Trukikaitis_Postimees, lk 34
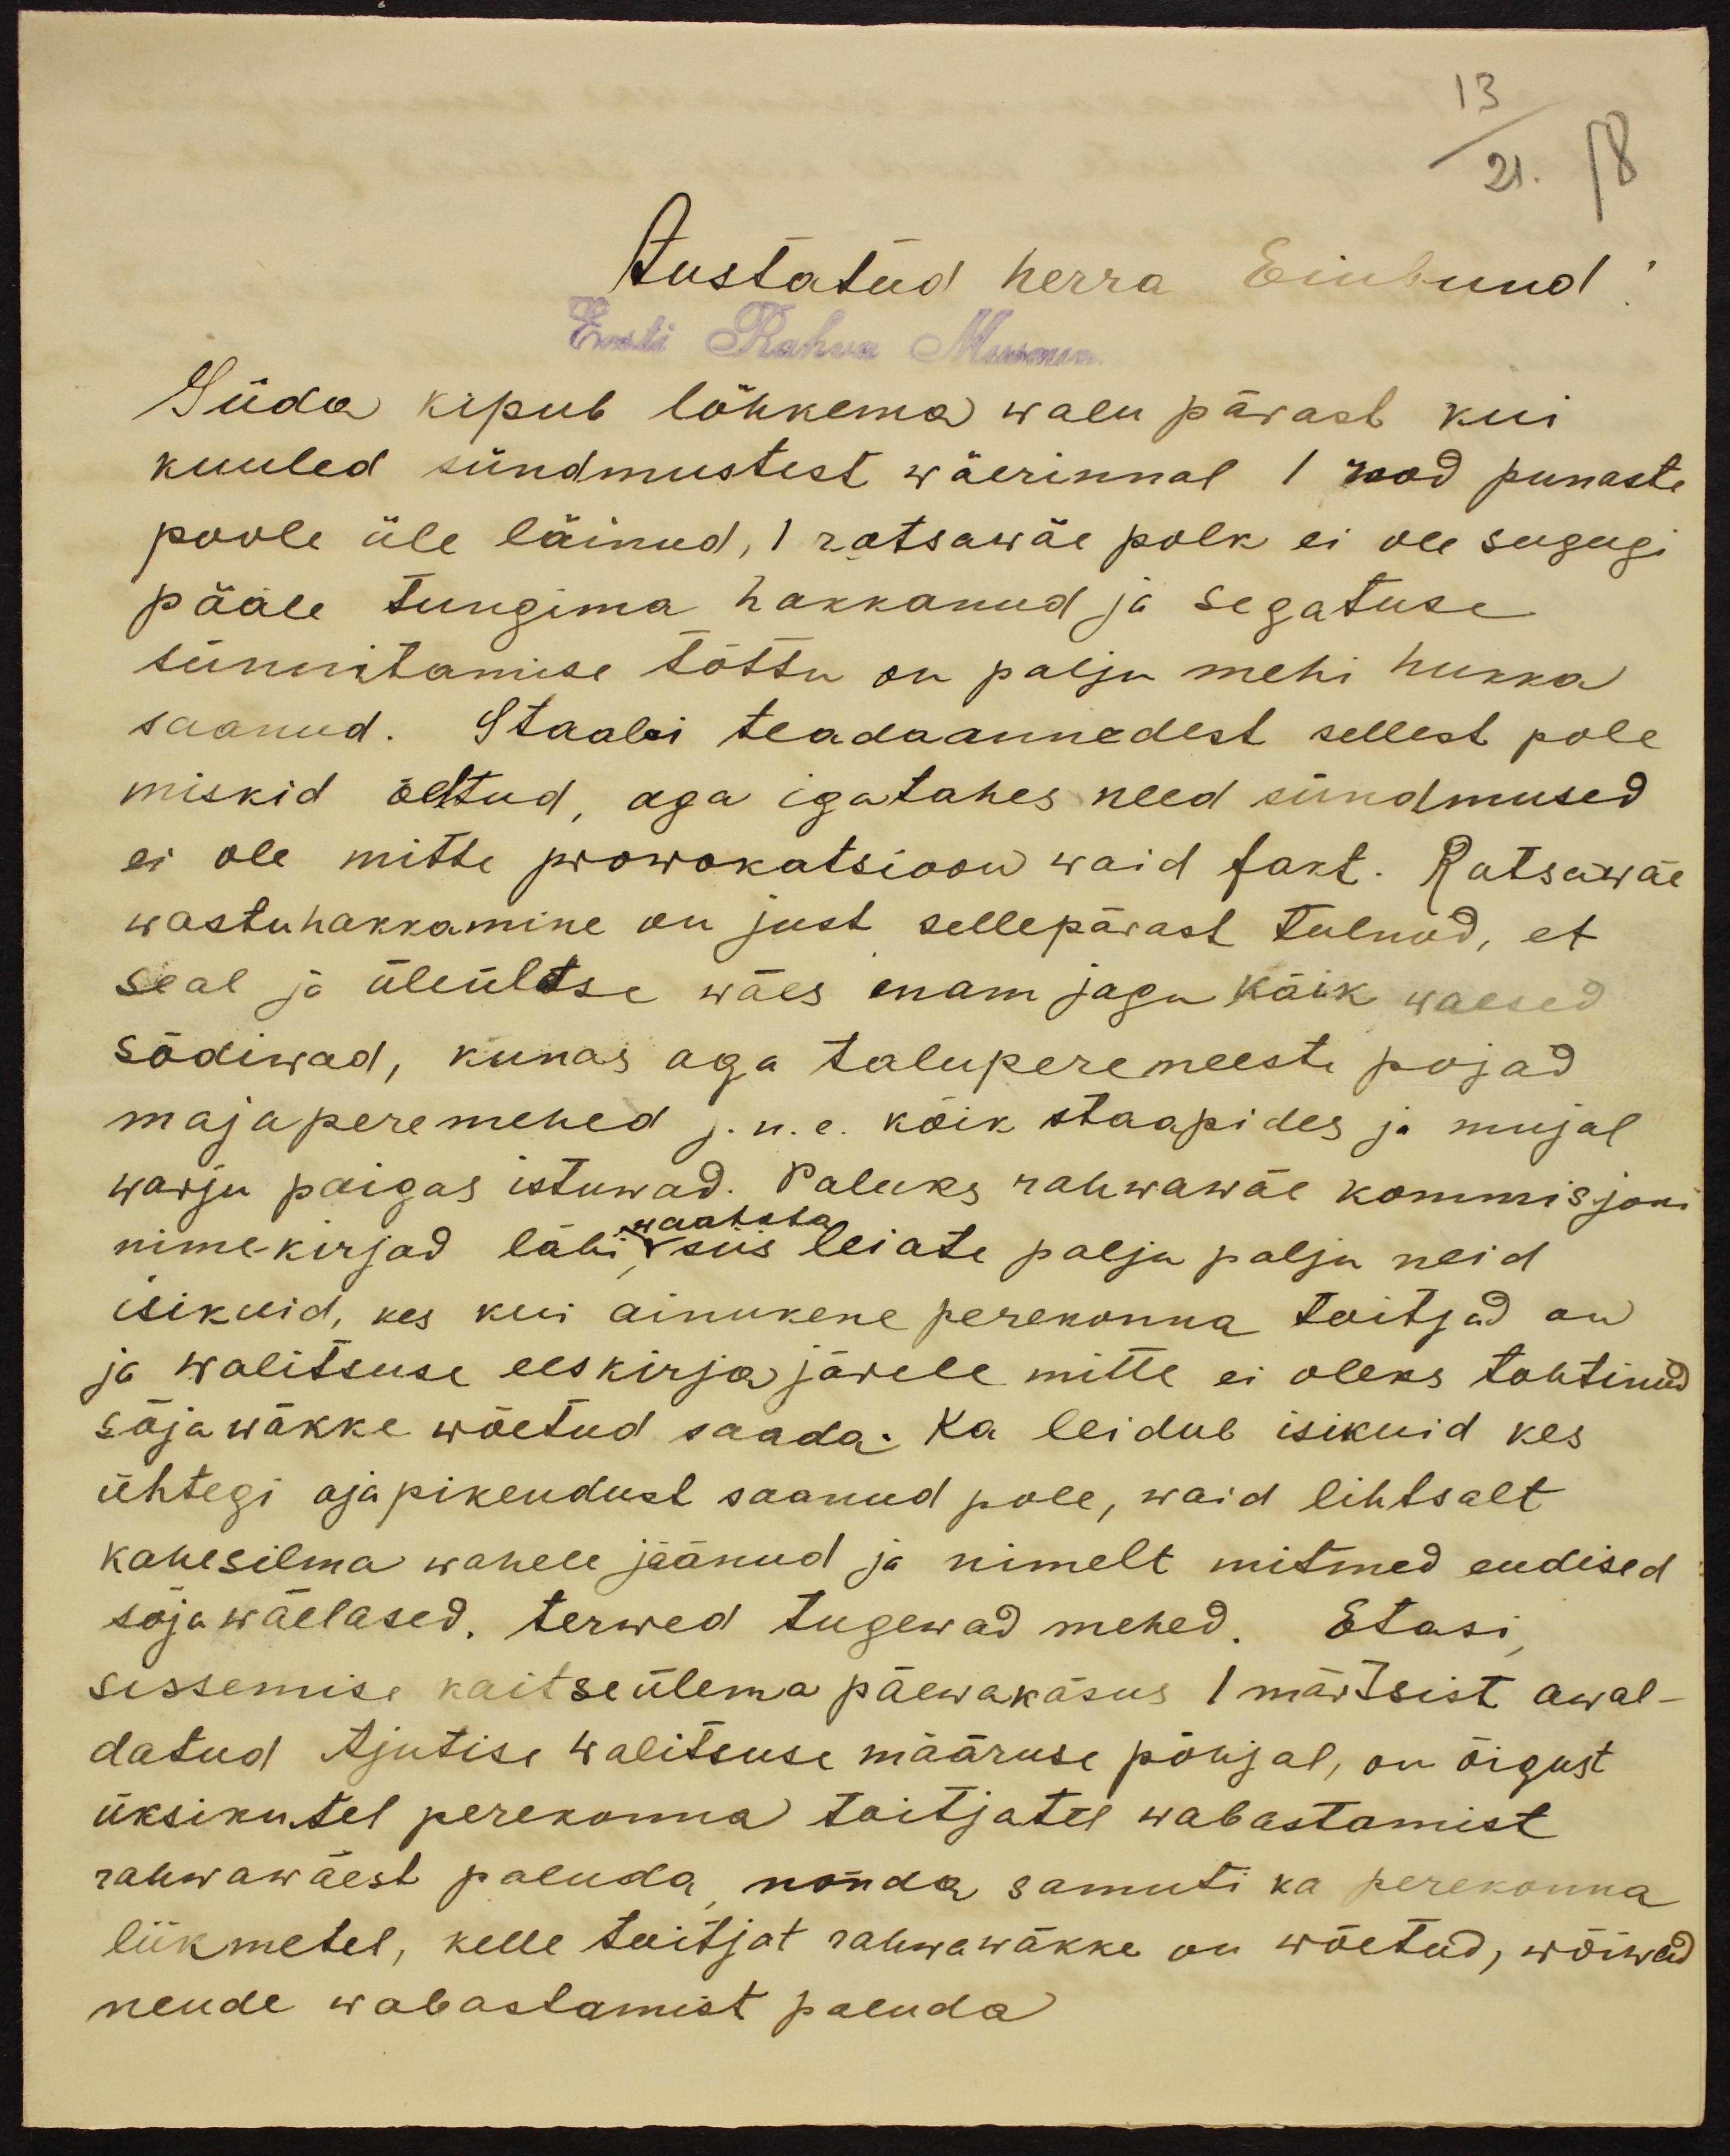
Austatud herra Einbund
Eesti Rahva Museum
Süda kipub lõhkema walu pärast kui
kuuled sündmustest wäerinnal 1 rood punaste
poole üle läinud, 1 ratsawäe polk ei ole sugugi
pääle tungima hakkanud ja segatuse
sünnitamise tõttu on palju mehi hukka
saanud. Staabi teadaannedest sellest pole
miskid öeltud, aga igatahes need sündmused
ei ole mitte prowokatsioon waid fakt. Ratsawäe
wastuhakkamine on just sellepärast tulnud, et
seal ja üleültse wäes enam jagu kõik waesed
sõdiwad, kunas aga taluperemeeste pojad
maja peremehed j.n.e. kõik staapides ja mujal
warju paigas istuvad. Paluks rahwawäe kommisjoni
nimekirjad läbi, siis leiate palju palju neid
isikuid, kes kui ainukene perekonna toitjad on
ja walitsuse eeskirja järele mitte ei oleks tohtinud
sõjawäkke wõetud saada. Ka leidub isikuid kes
ühtegi ajapikendust saanud pole, waid lihtsalt
kahesilma wahele jäänud ja nimelt mitmed endised
sõjawäelased, terwed tugewad mehed. Etasi
sissemise kaitseülema päewakäsus 1 märtsist awal-
datud Ajutise Walitsuse määruse põhjal, on õigust
üksikutel perekonna täitjatel wabastamist
rahwawäest paluda nõnda samuti ka perekonna
liikmetel, kelle toitjat rahwawäkke on wõetud, wõiwad
nende wabastamist paluda